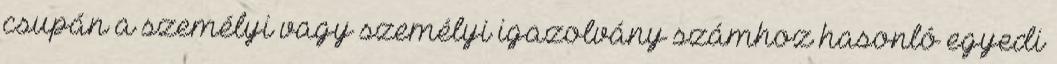
csupán a személyi vagy személyi igazolvány számhoz hasonló egyedi